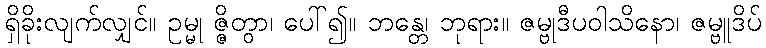
ရှိခိုးလျက်လျှင်။ ဥမ္မု ဇ္ဇိတွာ၊ ပေါ်၍။ ဘန္တေ၊ ဘုရား။ ဇမ္ဗုဒီပဝါသိနော၊ ဇမ္ဗူဒိပ်